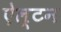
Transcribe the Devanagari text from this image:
ऐल्टन